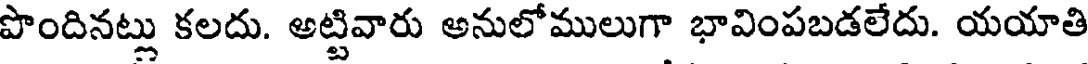
పొందినట్లు కలదు. అట్టివారు అనులోములుగా భావింపబడలేదు. యయాతి